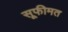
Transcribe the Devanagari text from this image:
सूफीमत